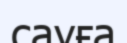
сауға